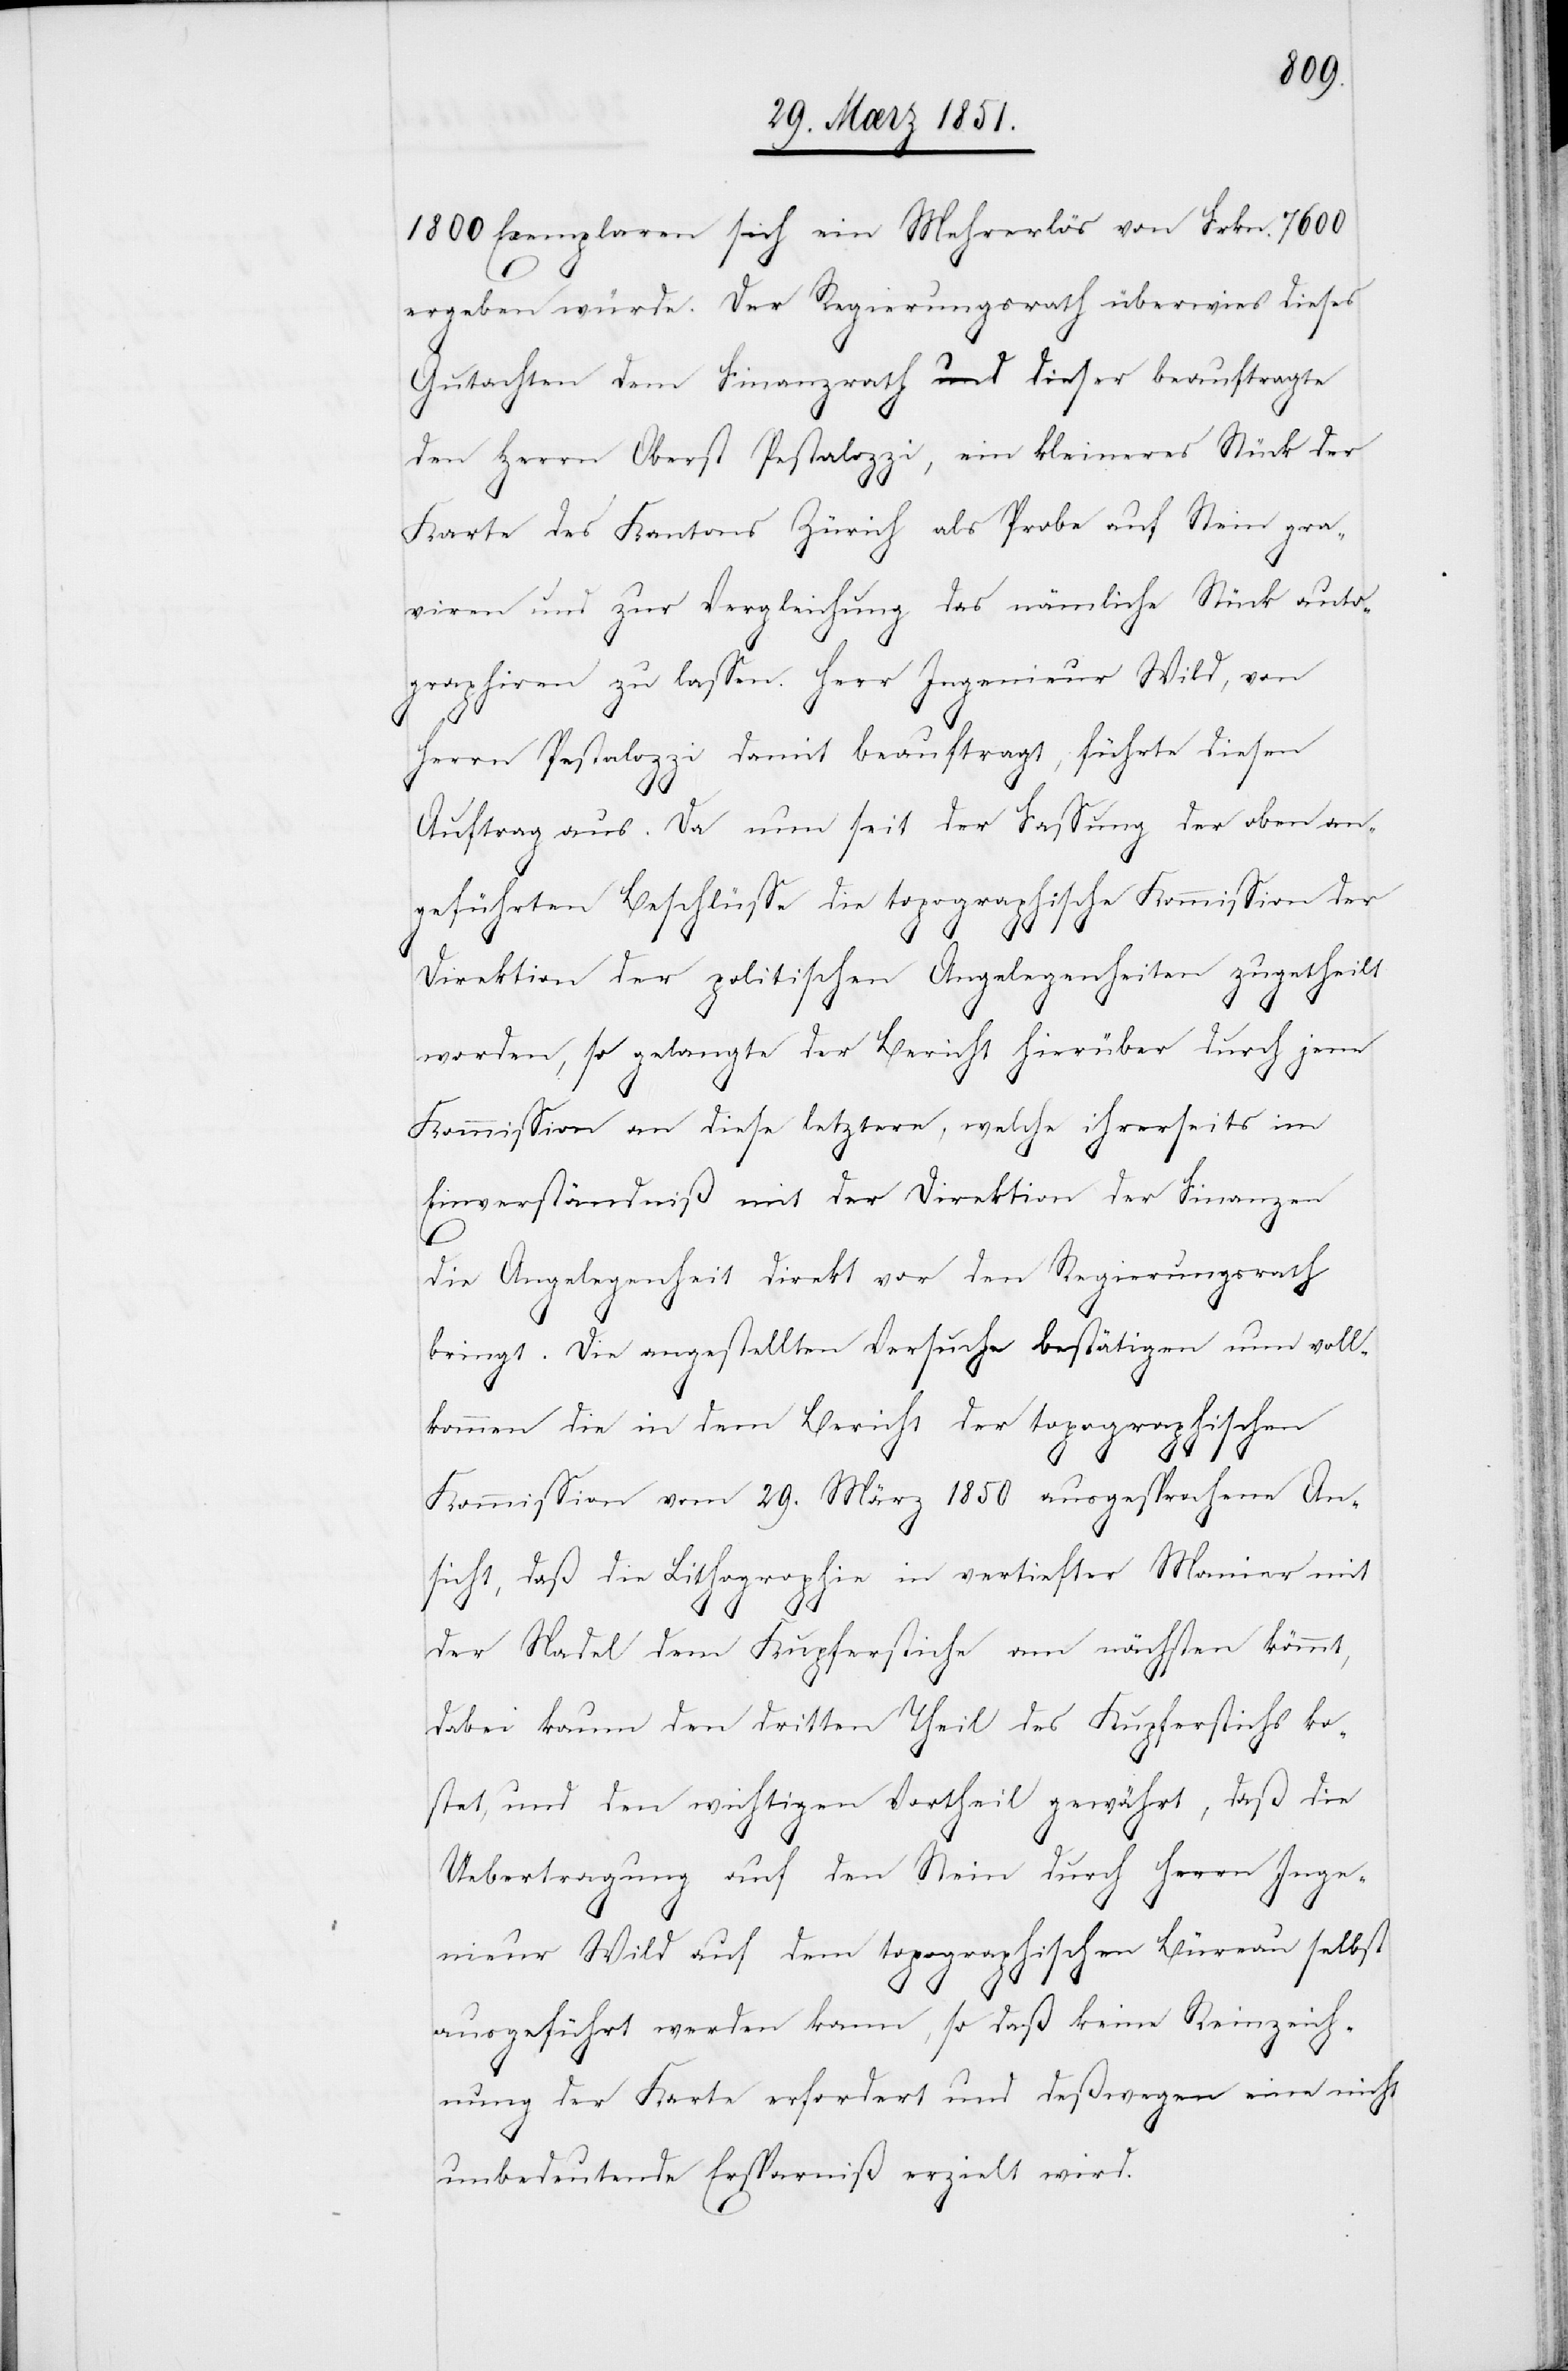
1800 Exemplaren sich ein Mehrerlös von Frkn. 7600
ergeben würde. Der Regierungsrath überwies dieses
Gutachten dem Finanzrath und dieser beauftragte
den Herrn Oberst Pestalozzi, ein kleineres Stück der
Karte des Kantons Zürich als Probe auf Stein gra¬
viren und zur Vergleichung das nämliche Stück auto¬
graphiren zu lassen. Herr Ingenieur Wild, von
Herrn Pestalozzi damit beauftragt, führte diesen
Auftrag aus. Da nun seit der Fassung der oben an¬
geführten Beschlüsse die topographische Kommission der
Direktion der politischen Angelegenheiten zugetheilt
worden, so gelangte der Bericht hierüber durch jene
Kommission an diese letztere, welche ihrerseits im
Einverständniß mit der Direktion der Finanzen
die Angelegenheit direkt vor den Regierungsrath
bringt. Die angestellten Versuche bestätigen nun voll¬
kommen die in dem Bericht der topographischen
Kommission vom 29. März 1850 ausgesprochene An¬
sicht, daß die Lithographie in vertiefter Manier mit
der Nadel dem Kupferstiche am nächsten kömmt,
dabei kaum den dritten Theil des Kupferstichs ko¬
stet, und den wichtigen Vortheil gewährt, daß die
Uebertragung auf den Stein durch Herrn Inge¬
nieur Wild auf dem topographischen Büreau selbst
ausgeführt werden kann, so daß keine Reinzeich¬
nung der Karte erfordert und deßwegen eine nicht
unbedeutende Ersparniß erzielt wird.